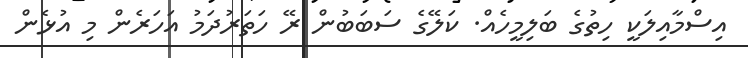
އިސްމާއިލަކީ ހިތުގެ ބަލިމީހެއް. ކަލޭގެ ސަބަބުން ރޭ ހަތަރުދަމު އަހަރެން މި އުޅެން